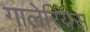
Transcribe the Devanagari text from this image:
गालेरियस